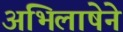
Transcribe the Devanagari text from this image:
अभिलाषेने